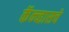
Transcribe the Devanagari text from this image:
कॅन्व्हासचे